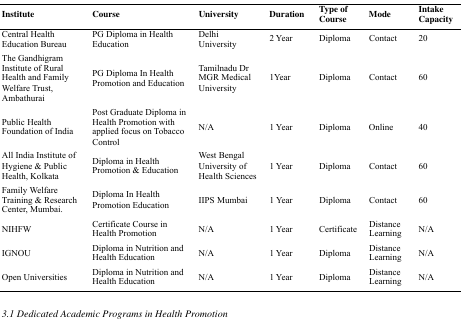
| Institute | Course | University | Duration | Type of Course | Mode | Intake Capacity |
 | --- | --- | --- | --- | --- | --- | --- |
 | Central Health Education Bureau | PG Diploma in Health Education | Delhi University | 2 Year | Diploma | Contact | 20 |
 | The Gandhigram Institute of Rural Health and Family Welfare Trust, Ambathurai | PG Diploma In Health Promotion and Education | Tamilnadu Dr MGR Medical University | 1Year | Diploma | Contact | 60 |
 | Public Health Foundation of India | Post Graduate Diploma in Health Promotion with applied focus on Tobacco Control | N/A | 1 Year | Diploma | Online | 40 |
 | All India Institute of Hygiene & Public Health, Kolkata | Diploma in Health Promotion & Education | West Bengal University of Health Sciences | 1 Year | Diploma | Contact | 60 |
 | Family Welfare Training & Research Center, Mumbai. | Diploma In Health Promotion Education | IIPS Mumbai | 1 Year | Diploma | Contact | 60 |
 | NIHFW | Certificate Course in Health Promotion | N/A | 1 Year | Certificate | Distance Learning | N/A |
 | IGNOU | Diploma in Nutrition and Health Education | N/A | 1 Year | Diploma | Distance Learning | N/A |
 | Open Universities | Diploma in Nutrition and Health Education | N/A | 1 Year | Diploma | Distance Learning | N/A |